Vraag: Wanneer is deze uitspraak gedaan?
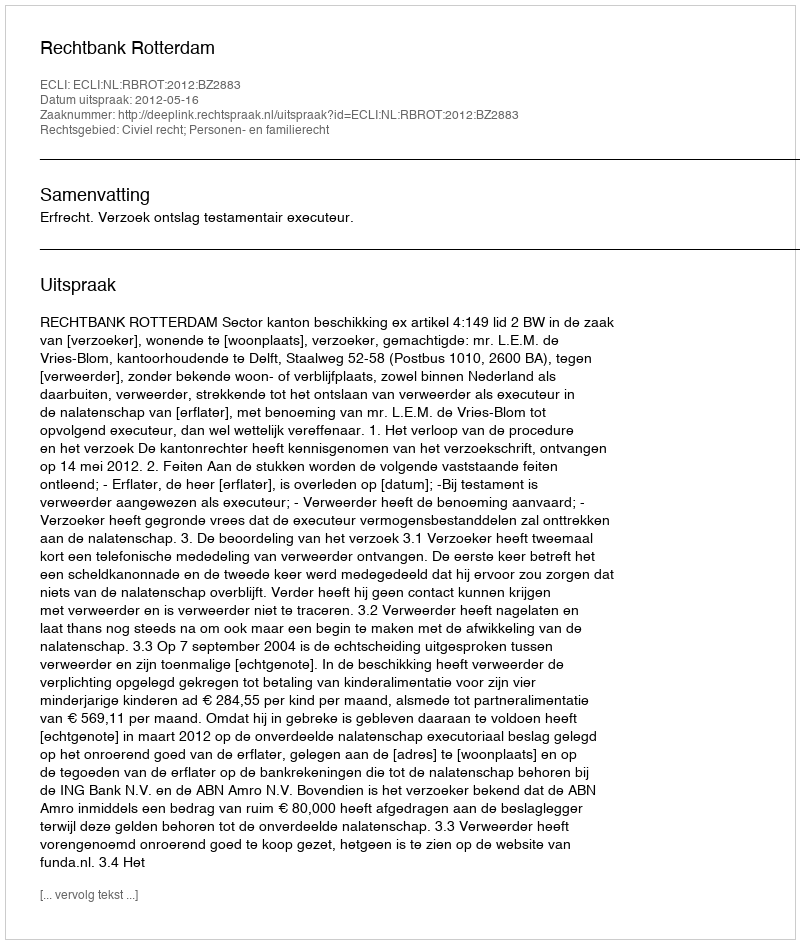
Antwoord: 2012-05-16